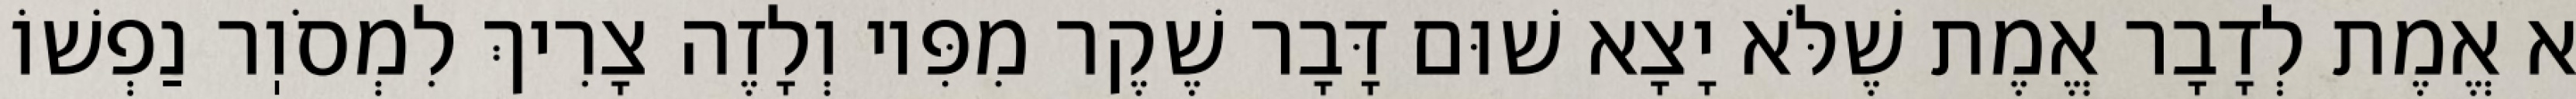
א אֱמֶת לְדָבָר אֱמֶת שֶׁלֹּא יָצָא שׁוּם דָּבָר שֶׁקֶר מִפִּיו וְלָזֶה צָרִיךְ לִמְסֹוֽר נַפְשׁוֹ